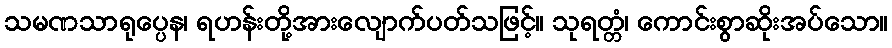
သမဏသာရုပ္ပေန၊ ရဟန်းတို့အားလျောက်ပတ်သဖြင့်။ သုရတ္တံ၊ ကောင်းစွာဆိုးအပ်သော။